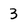
Character: 3